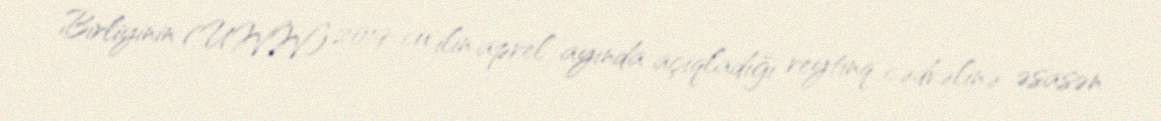
Birliyinin (UWW) 2019-cu ilin aprel ayında açıqladığı reytinq cədvəlinə əsasən